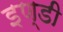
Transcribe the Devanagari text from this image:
इण्डी